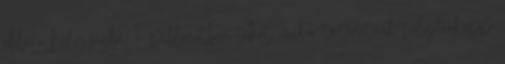
ebbe a helyiségbe. E pillanatban tehát, mikor történetünk tulajdonképp